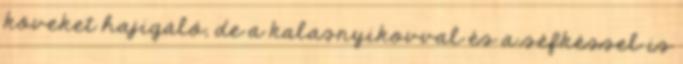
köveket hajigáló, de a kalasnyikovval és a séfkéssel is